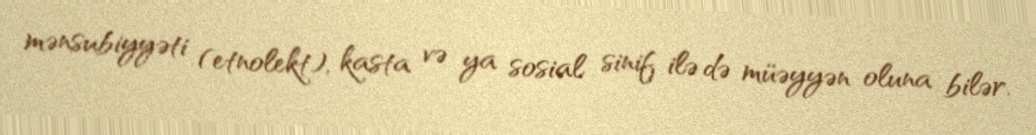
mənsubiyyəti (etnolekt), kasta və ya sosial sinif ilə də müəyyən oluna bilər.